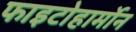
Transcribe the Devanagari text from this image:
फाइटोहार्मोन